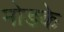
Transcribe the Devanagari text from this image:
मोडके